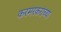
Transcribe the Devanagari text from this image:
करमरकरांच्या